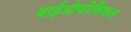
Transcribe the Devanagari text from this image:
बाईओफीसिकल